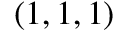
( 1 , 1 , 1 )